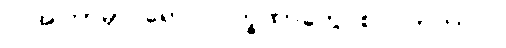
လအကြာမှာ ရောဂါလက္ခဏာတွေ စပြလာတာပါ။